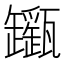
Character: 𤮬